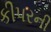
કીપરની